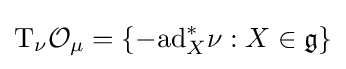
\mathrm {T} _{\nu }{\mathcal {O}}_{\mu }=\{-\mathrm {ad} _{X}^{*}\nu :X\in {\mathfrak {g}}\}